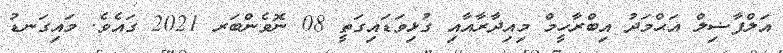
އަލްފާޟިލް އަޙްމަދު އިބްރާހީމް މިއިދާރާއާއި ގުޅިވަޑައިގަތީ 08 ނޮވެންބަރ 2021 ގައެވެ. މައިގަނޑު